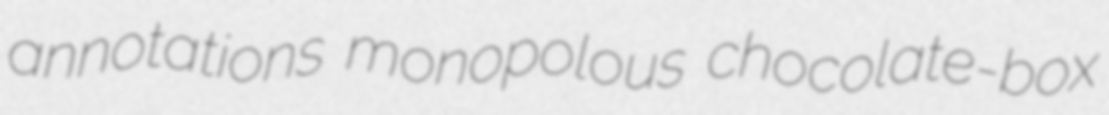
annotations monopolous chocolate-box